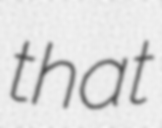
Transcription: that